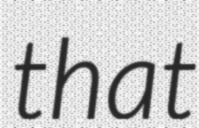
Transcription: that